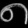
Digit: ၈